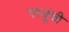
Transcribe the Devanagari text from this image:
गरजूंची